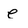
Character: e